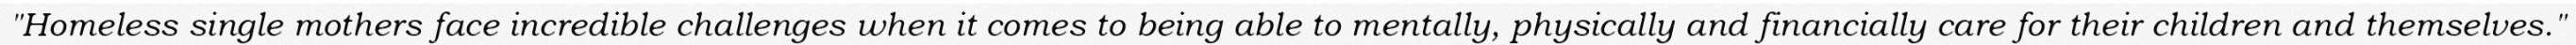
"Homeless single mothers face incredible challenges when it comes to being able to mentally, physically and financially care for their children and themselves."